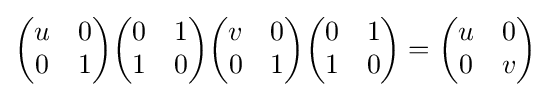
{\begin{pmatrix}u&0\\0&1\end{pmatrix}}{\begin{pmatrix}0&1\\1&0\end{pmatrix}}{\begin{pmatrix}v&0\\0&1\end{pmatrix}}{\begin{pmatrix}0&1\\1&0\end{pmatrix}}={\begin{pmatrix}u&0\\0&v\end{pmatrix}}